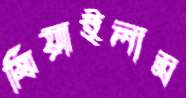
মিয়াইলাম